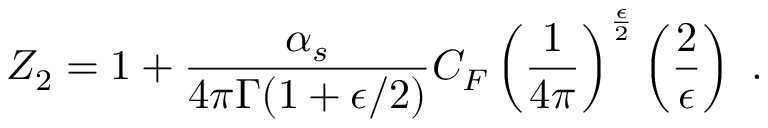
Z _ { 2 } = 1 + { \frac { \alpha _ { s } } { 4 \pi \Gamma ( 1 + \epsilon / 2 ) } } C _ { F } \left( { \frac { 1 } { 4 \pi } } \right) ^ { { \frac { \epsilon } { 2 } } } \left( { \frac { 2 } { \epsilon } } \right) \ .